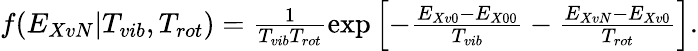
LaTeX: \begin{array}{r}{f(E_{XvN}|T_{vib},T_{rot})=\frac{1}{T_{vib}T_{rot}}\exp\left[-\frac{E_{Xv0}-E_{X00}}{T_{vib}}-\frac{E_{XvN}-E_{Xv0}}{T_{rot}}\right].}\end{array}